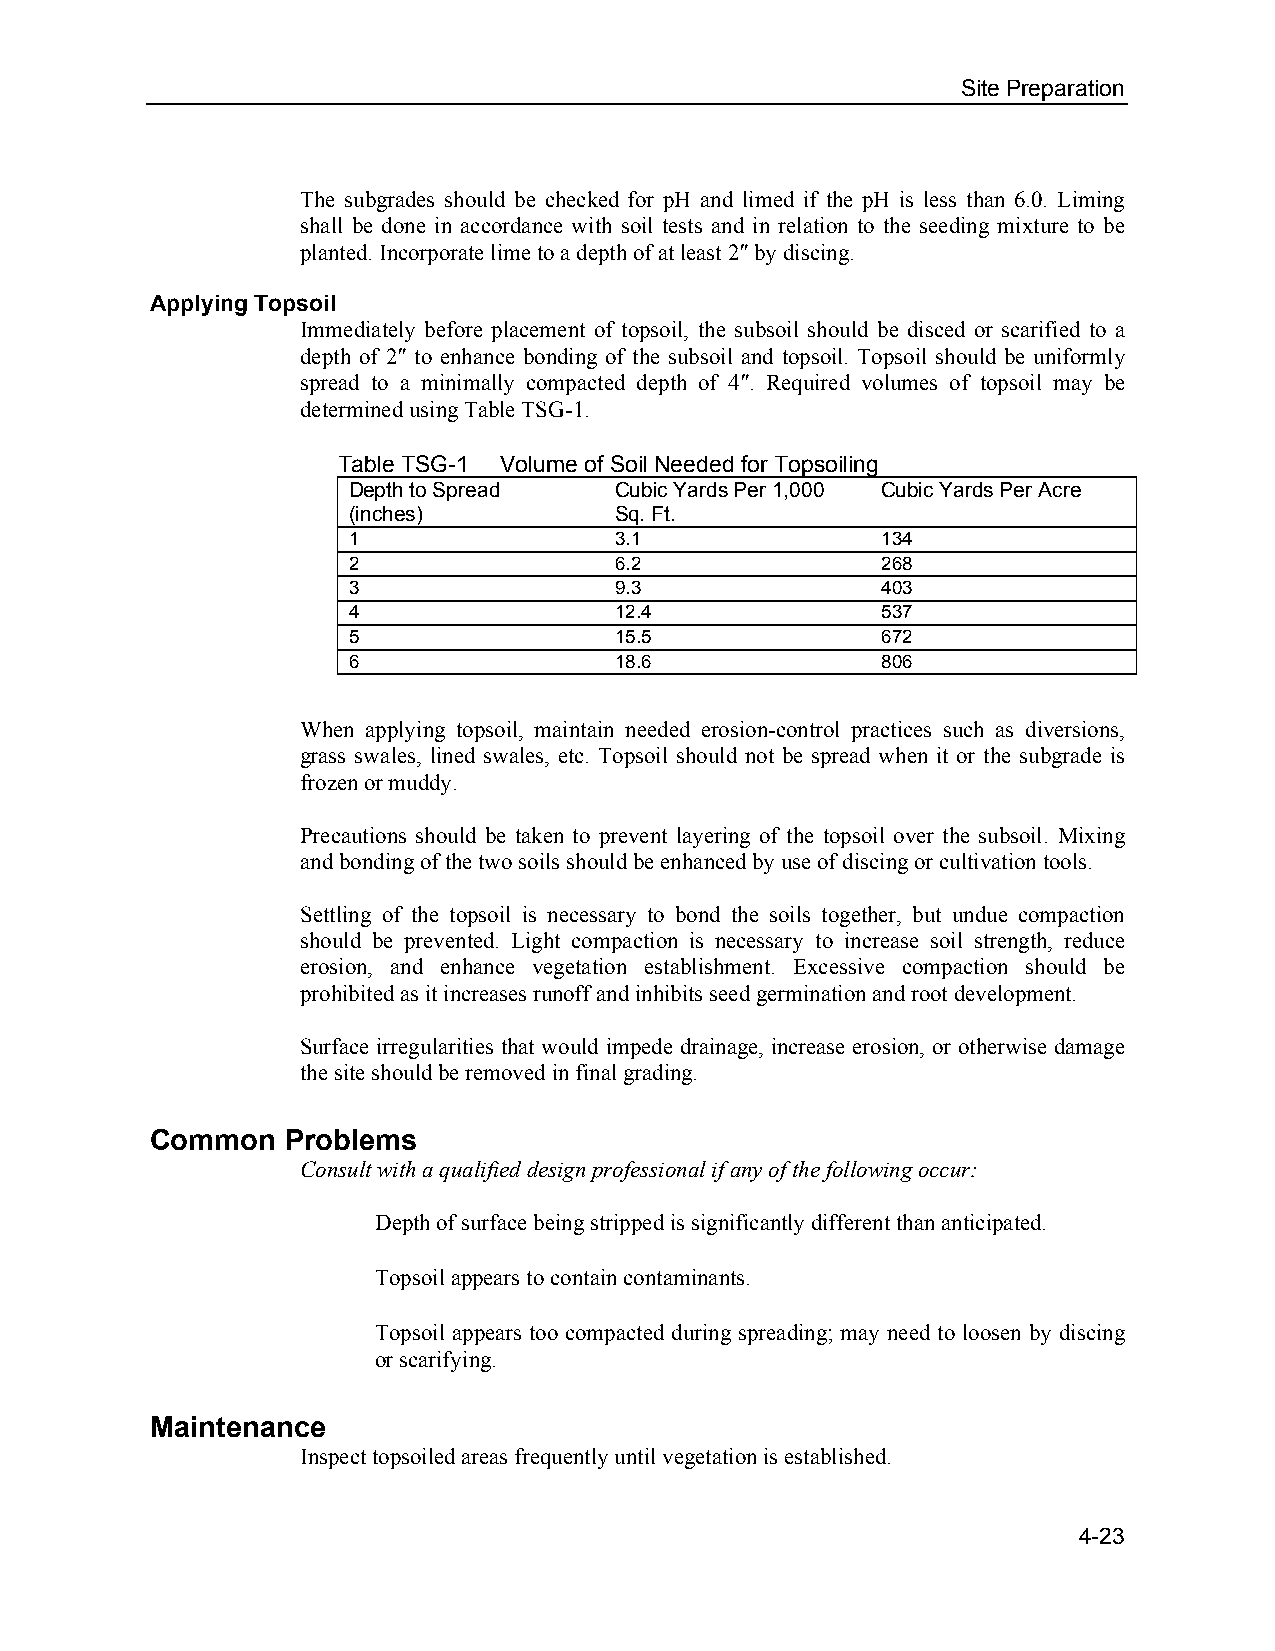
Site Preparation
 The subgrades should be checked for pH and limed if the pH is less than 6.0. Liming
 shall be done in accordance with soil tests and in relation to the seeding mixture to be
 planted. Incorporate lime to a depth of at least 2″ by discing.
 Applying Topsoil
 Immediately before placement of topsoil, the subsoil should be disced or scarified to a
 depth of 2″ to enhance bonding of the subsoil and topsoil. Topsoil should be uniformly
 spread to a minimally compacted depth of 4″. Required volumes of topsoil may be
 determined using Table TSG-1.
 Table TSG-1 Volume of Soil Needed for Topsoiling
 Depth to Spread   Cubic Yards Per 1,000 Cubic Yards Per Acre
 (inches)          Sq. Ft.
 1                 3.1              134
 2                 6.2              268
 3                 9.3              403
 4                 12.4             537
 5                 15.5             672
 6                 18.6             806
 When applying topsoil, maintain needed erosion-control practices such as diversions,
 grass swales, lined swales, etc. Topsoil should not be spread when it or the subgrade is
 frozen or muddy.
 Precautions should be taken to prevent layering of the topsoil over the subsoil. Mixing
 and bonding of the two soils should be enhanced by use of discing or cultivation tools.
 Settling of the topsoil is necessary to bond the soils together, but undue compaction
 should be prevented. Light compaction is necessary to increase soil strength, reduce
 erosion, and enhance vegetation establishment. Excessive compaction should be
 prohibited as it increases runoff and inhibits seed germination and root development.
 Surface irregularities that would impede drainage, increase erosion, or otherwise damage
 the site should be removed in final grading.
 Common   Problems
 Consult with a qualified design professional if any of the following occur:
 Depth of surface being stripped is significantly different than anticipated.
 Topsoil appears to contain contaminants.
 Topsoil appears too compacted during spreading; may need to loosen by discing
 or scarifying.
 Maintenance
 Inspect topsoiled areas frequently until vegetation is established.
 4-23